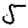
Digit: 5